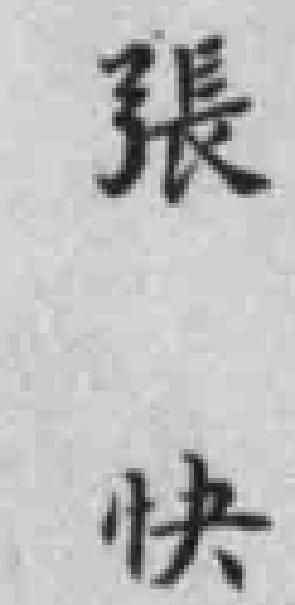
張快